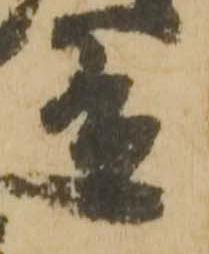
有